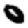
Digit: 0